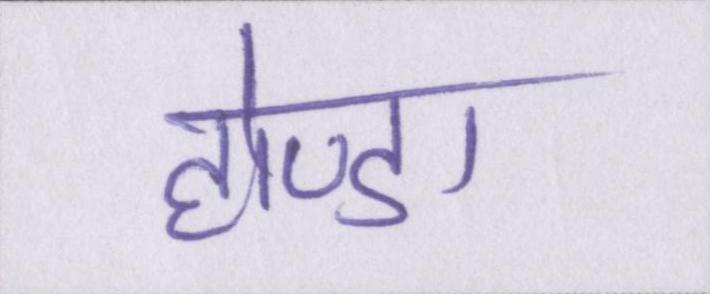
होण्डा